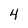
Character: 4